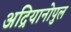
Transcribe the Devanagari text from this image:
अद्रियानोपुल